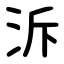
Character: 泝